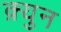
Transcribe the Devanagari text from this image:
क़्युन